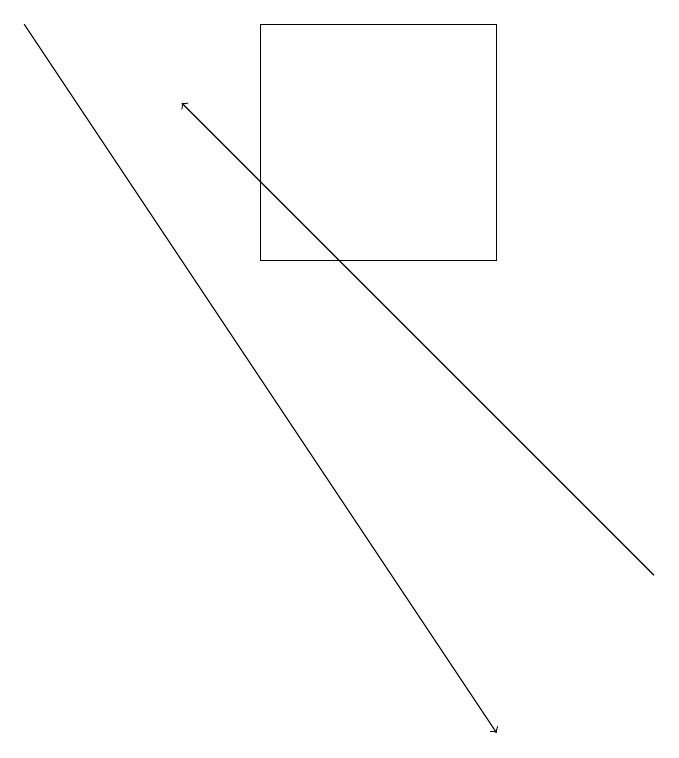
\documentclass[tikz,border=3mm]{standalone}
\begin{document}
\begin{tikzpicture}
\draw (4,19) rectangle (7,16);
\draw[->] (9,12) -- (3,18);
\draw[->] (1,19) -- (7,10);
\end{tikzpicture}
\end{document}